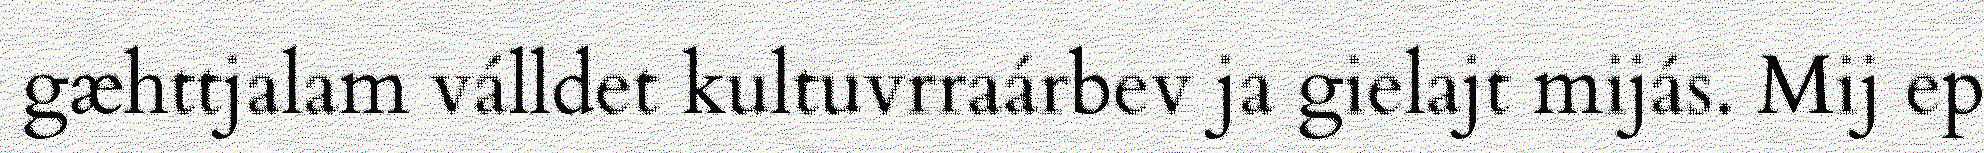
gæhttjalam válldet kultuvrraárbev ja gielajt mijás. Mij ep